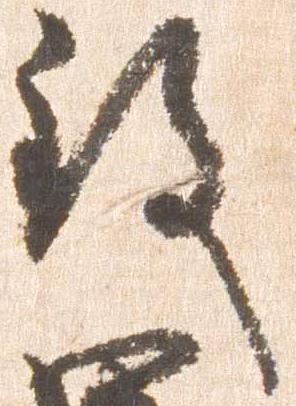
致